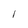
Character: I